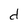
Character: d